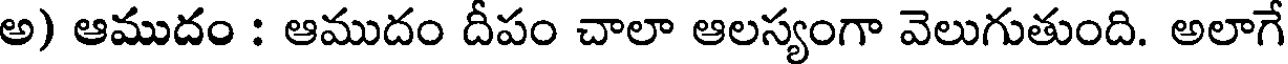
అ) ఆముదం : ఆముదం దీపం చాలా ఆలస్యంగా వెలుగుతుంది. అలాగే